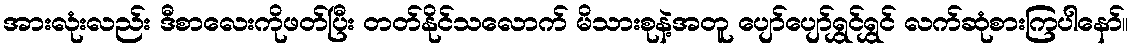
အားလုံးလည်း ဒီစာလေးကိုဖတ်ပြီး တတ်နိုင်သလောက် မိသားစုနဲ့အတူ ပျော်ပျော်ရွှင်ရွှင် လက်ဆုံစားကြပါနော်။